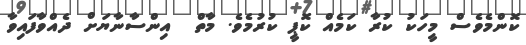
ކޮންމެވެސް މީހަކު ކުރާ ކަމެއް ކޮޕީ ކުރުމެވެ. މާތް  އިންސާނާޔަށް ދެއްވާފައިވާ